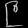
Digit: ၉